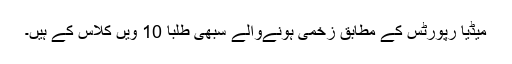
میڈیا رپورٹس کے مطابق زخمی ہونےوالے سبھی طلبا 10 ویں کلاس کے ہیں۔